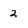
Character: 2